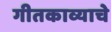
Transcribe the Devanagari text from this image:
गीतकाव्याचे